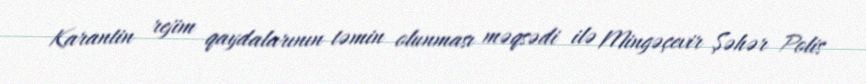
Karantin rejim qaydalarının təmin olunması məqsədi ilə Mingəçevir Şəhər Polis